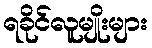
ရခိုင်လူမျိုးများ